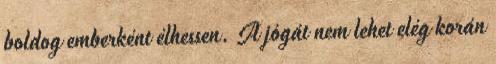
boldog emberként élhessen. A jógát nem lehet elég korán